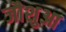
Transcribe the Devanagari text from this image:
जौशुआ